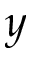
y